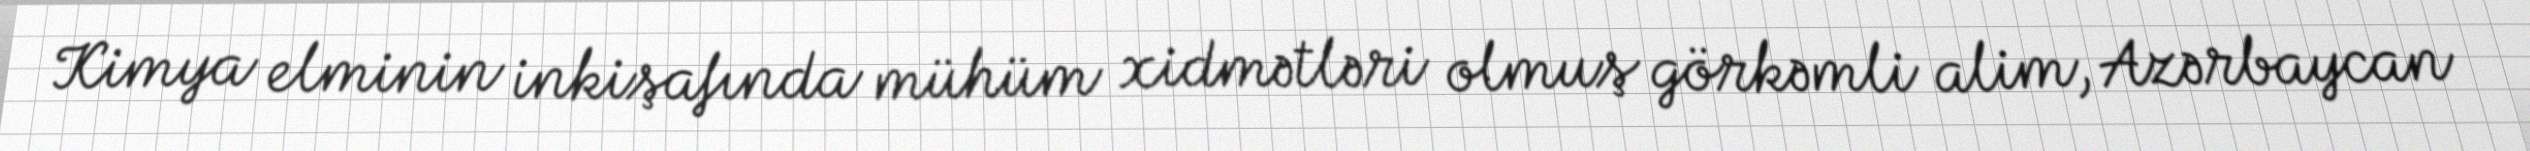
Kimya elminin inkişafında mühüm xidmətləri olmuş görkəmli alim, Azərbaycan